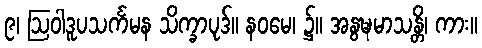
၉၊ ဩဝါဒူပသင်္ကမန သိက္ခာပုဒ်။ နဝမေ၊ ၌။ အနွဍ္ဎမာသန္တိ၊ ကား။